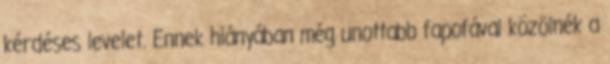
kérdéses levelet. Ennek hiányában még unottabb fapofával közölnék a